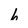
Character: 6